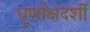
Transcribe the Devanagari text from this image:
धूर्णाक्षदर्शी